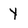
Character: Y